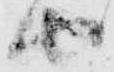
由